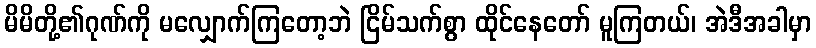
မိမိတို့၏ဂုဏ်ကို မလျှောက်ကြတော့ဘဲ ငြိမ်သက်စွာ ထိုင်နေတော် မူကြတယ်၊ အဲဒီအခါမှာ